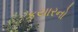
કયારનો